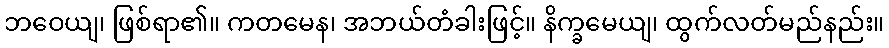
ဘဝေယျ၊ ဖြစ်ရာ၏။ ကတမေန၊ အဘယ်တံခါးဖြင့်။ နိက္ခမေယျ၊ ထွက်လတ်မည်နည်း။